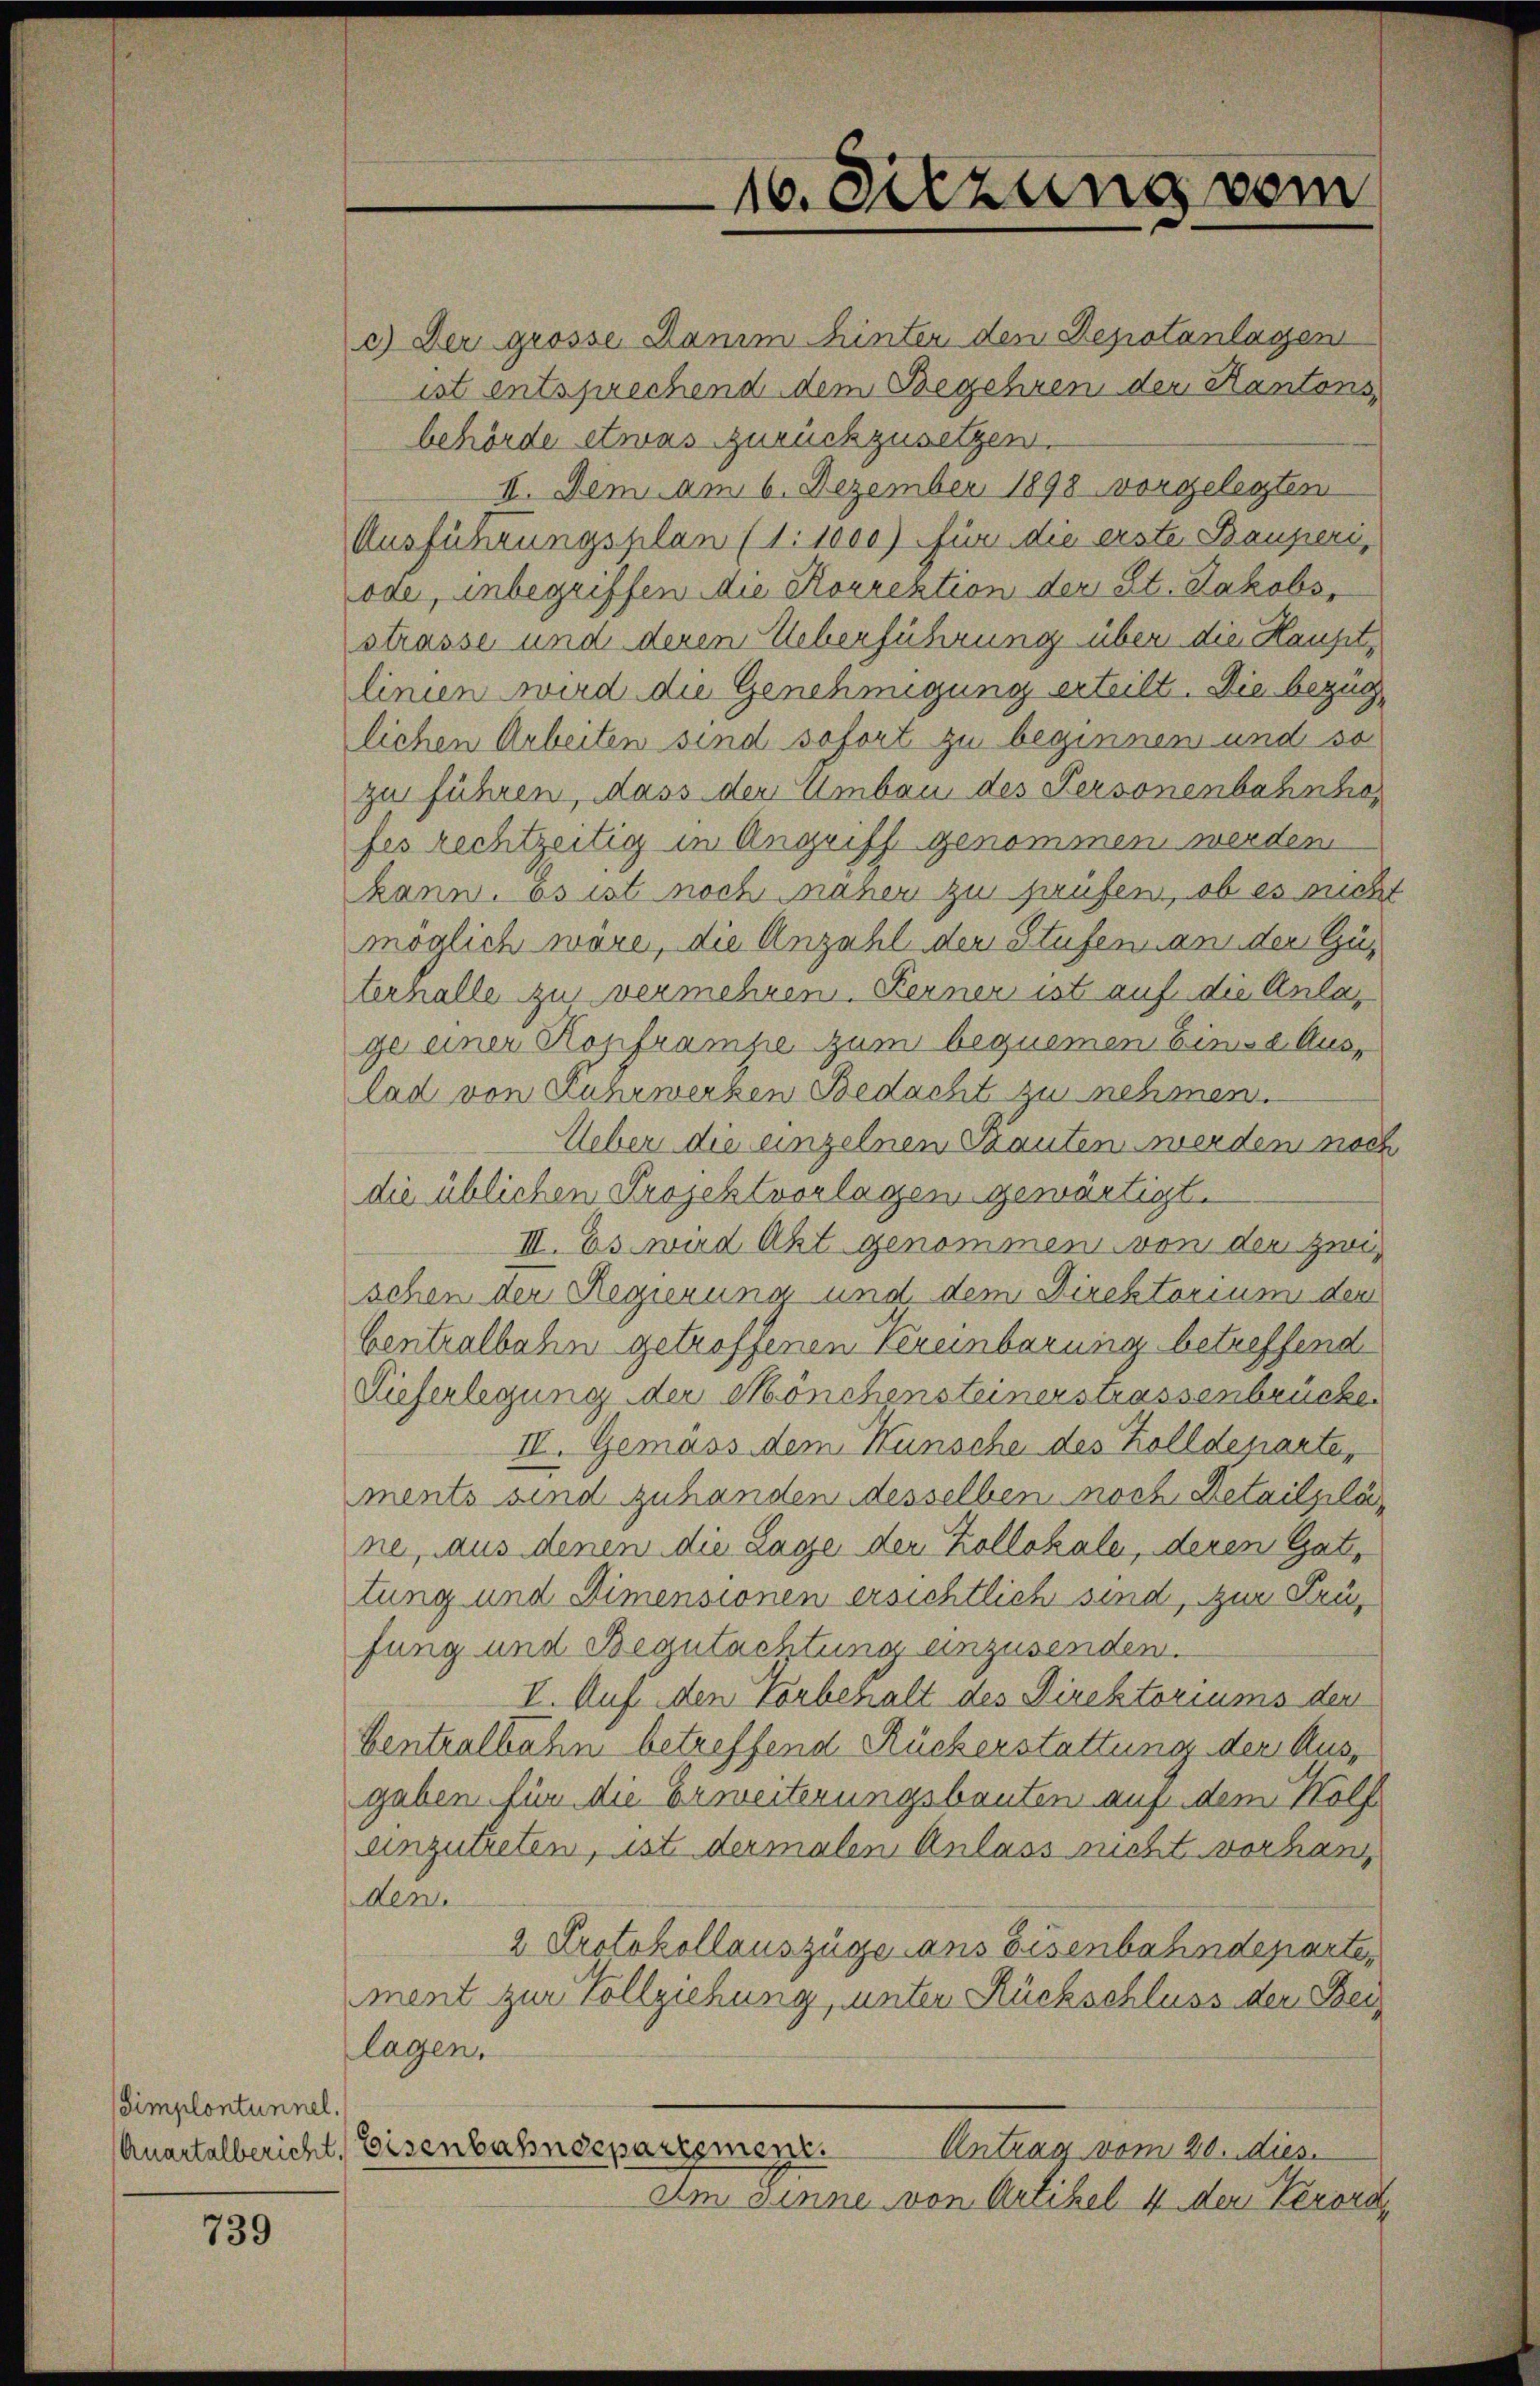
Simplontunnel,
Auartalbericht.

739

c.) Der grosse Damim Hinter den Depotanlagen
ist entsprechend dem Begehren der Kantons
behörde etwas zurückzusetzen.
II. Dem am 6. Dezember 1898 vorgelegten
Ausführungsplan (1:1000) für die erste Baupiers,
ode, unbegriffen die Korrektion der St. Jakobsstrasse und deren Ueberführung über die Hauptlinien wird die Genehmigung erteilt. Die bezüglichen Arbeiten sind sofort zu beginnen und so
zu führen, dass der Umbau des Personenbahnho
fes rechtzeitig in Angriff genommen werden
kann. Es ist noch naher zu haufen, ob es nich
möglich wäre, die Anzahl der Stufen an der Güterhalle zu vermehren. Ferner ist auf die Anlage einer Kopframpe zum bequemen binse Auslad von Fahrwerken Bedacht zu nehmen.
Ueber die einzelnen Sauten werden noch
die üblichen Projektvorlagen gewärtigt.
III. Es wird Akt genommen von der zwis
schen der Regierung und dem Direktorium der
bentralbahn getroffenen Vereinbarung betreffend
Vieferlegung der Mönchensteinerstrassenbrücke
II. Gemäss dem Kunsche des Kolldeparte,
ments sind zuhanden desselben noch Detailpläne, aus denen die Lage der Kollokale, deren Gattung und Dimensionen ersichtlich sind, zur Präs
fung und Begutachtung einzusenden.
I. Aug. den Vorbehalt des Direktoriums der
Centralbahn betreffend Rückerstattung der Ausgaben für die Erweiterungsbauten auf dem Hölf
anzutreten, ist dermalen Anlass nicht vorhang
den
2 Protokollauszüge ans Eisenbahndeparte,
ment zur Vollziehung, unter Rückschluss der Bei
lagen.
Eisenbahndepartement. Antrag vom 20. dies
Am Sinne von Artikel 4 den Verord

16. Setzung vom